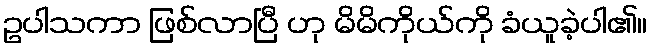
ဥပါသကာ ဖြစ်လာပြီ ဟု မိမိကိုယ်ကို ခံယူခဲ့ပါ၏။